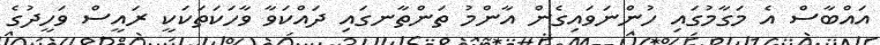
އައްބާސް އެ މަގާމުގައި ހުންނަވައިގެން އާންމު ތަންތާނގައި ދައްކަވާ ވާހަކަތަކަކީ ރައީސް ވަހީދުގެ